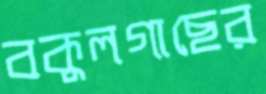
বকুলগাছের